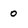
Character: 0